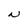
Character: N